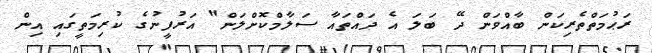
ރަޙުމަތްތެރިކަން ބާއްވަން ދޭ ބަލަ އެ ދައްތައާ ސަލާމްކޮށްލަން" އަރުފީނުގެ ކުރިމަތީގައި އިން